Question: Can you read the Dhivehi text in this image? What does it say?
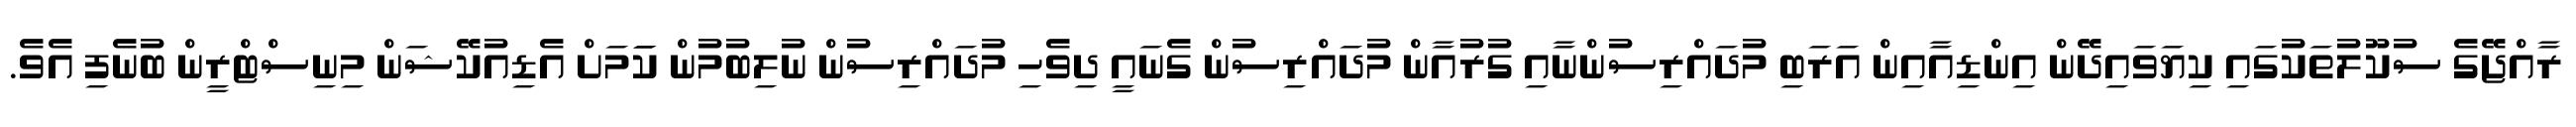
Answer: ރާއްޖޭގެ ސުކޫލުތަކުގައި ކިޔަވައިދޭން އިންޑިއާއިން އަރަބި މުދައްރިސުންނާއި ގުރުއާން މުދައްރިސުން ގެނައީ ދިވެހި މުދައްރިސުން ނުލިބުމުން ކަަމަށް އެޑިއުކޭޝަން މިނިސްޓްރީން ބުނެފި އެވެ.